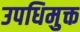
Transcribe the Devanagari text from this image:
उपधिमुक्त